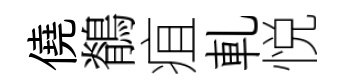
僥鶺疽軋悦